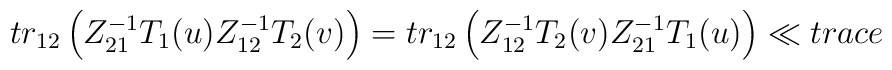
tr_{12}\left(Z_{21}^{-1} T_{1}(u)Z_{12}^{-1} T_{2}(v)\right)=tr_{12}\left( Z_{12}^{-1} T_{2}(v) Z_{21}^{-1} T_{1}(u)\right)\ll{trace}